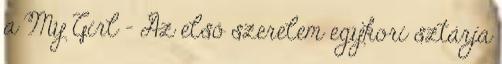
a My Girl – Az első szerelem egykori sztárja